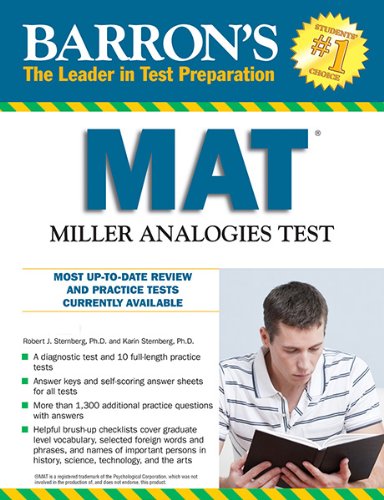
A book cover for Barron's MAT, 11th Edition: Miller Analogies Test; Karin Sternberg Ph.D.; Test Preparation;